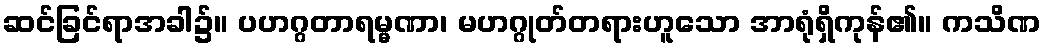
ဆင်ခြင်ရာအခါ၌။ ပဟဂ္ဂတာရမ္မဏာ၊ မဟဂ္ဂုတ်တရားဟူသော အာရုံရှိကုန်၏။ ကသိဏ